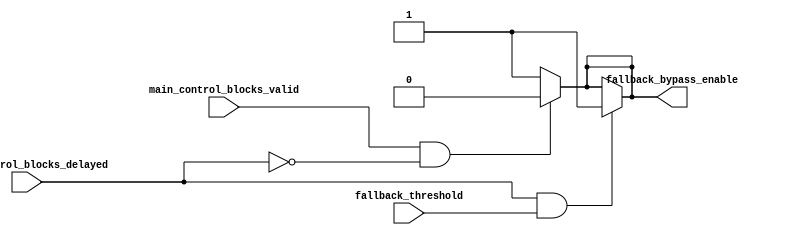
module Fallback_Bypass_Register (
  input wire main_control_blocks_valid,
  input wire main_control_blocks_delayed,
  input wire fallback_threshold,
  output wire fallback_bypass_enable
);

// Check if main control blocks are valid and not delayed
assign fallback_bypass_enable = (main_control_blocks_valid && !main_control_blocks_delayed) ? 0 : 1;

// Check if main control blocks are delayed beyond threshold
assign fallback_bypass_enable = (main_control_blocks_delayed && fallback_threshold) ? 1 : fallback_bypass_enable;

endmodule